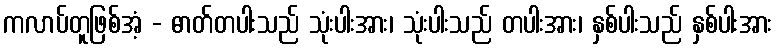
ကလာပ်တူဖြစ်အံ့ - ဓာတ်တပါးသည် သုံးပါးအား၊ သုံးပါးသည် တပါးအား၊ နှစ်ပါးသည် နှစ်ပါးအား